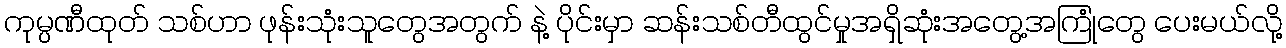
ကုမ္ပဏီထုတ် သစ်ဟာ ဖုန်းသုံးသူတွေအတွက် နဲ့ ပိုင်းမှာ ဆန်းသစ်တီထွင်မှုအရှိဆုံးအတွေ့အကြုံတွေ ပေးမယ်လို့